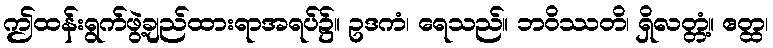
ဤထန်းရွက်ဖွဲ့ချည်ထားရာအရပ်၌။ ဥဒကံ၊ ရေသည်။ ဘဝိဿတိ၊ ရှိလတ္တံ့။ ဧတ္ထ၊